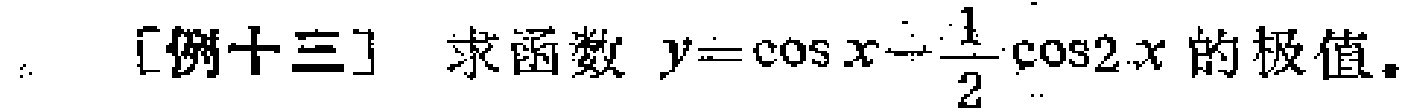
[例十三] 求函数 \(y = \cos x - \frac{1}{2}\cos 2x\) 的极值。